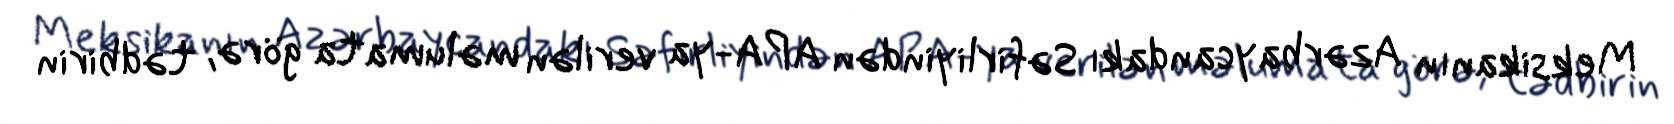
Meksikanın Azərbaycandakı Səfirliyindən APA-ya verilən məlumata görə, tədbirin